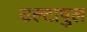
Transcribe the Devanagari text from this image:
उल्‍टापुल